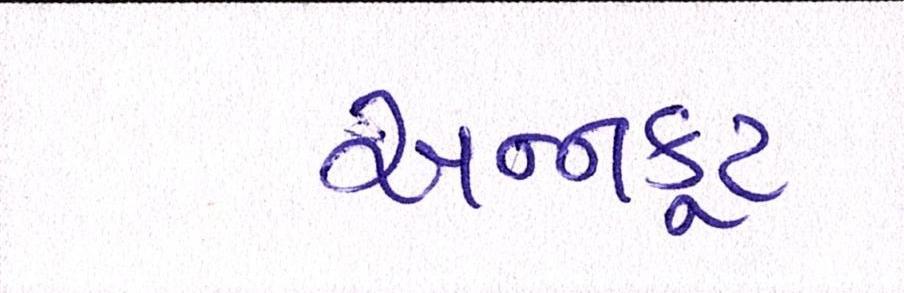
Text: અન્નકૂટ